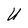
Character: U